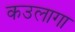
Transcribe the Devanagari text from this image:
कउलागा